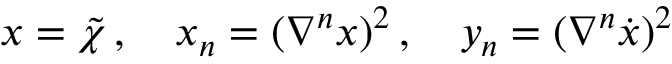
x = \tilde { \chi } \, , \quad x _ { n } = ( \nabla ^ { n } x ) ^ { 2 } \, , \quad y _ { n } = ( \nabla ^ { n } \dot { x } ) ^ { 2 }